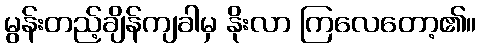
မွန်းတည့်ချိန်ကျခါမှ နိုးလာ ကြလေတော့၏။